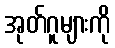
အုတ်ဂူများကို